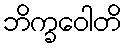
ဘိက္ခဝေါတိ